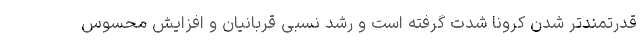
قدرتمندتر شدن کرونا شدت گرفته است و رشد نسبی قربانیان و افزایش محسوس